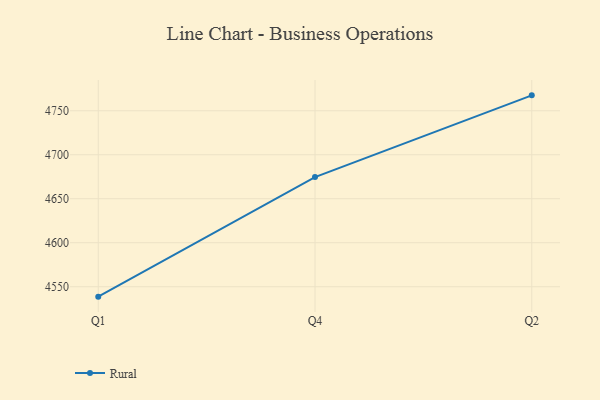
{"axis": {"x": "Quarter", "y": "Temperature (°C)"}, "legend": ["Rural"], "data": [{"x": "Q1", "y": 4538.7, "type": "Rural"}, {"x": "Q4", "y": 4674.6, "type": "Rural"}, {"x": "Q2", "y": 4767.5, "type": "Rural"}]}